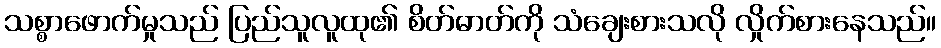
သစ္စာဖောက်မှုသည် ပြည်သူလူထု၏ စိတ်ဓာတ်ကို သံချေးစားသလို လှိုက်စားနေသည်။